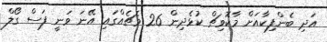
އަދި ބެންފިކާއަށް މާކޮވިޗް ކުޅެދިން 26 މެޗެއްގައި އޭނަ ވަނީ ފަސް ގޯލް